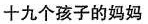
十九个孩子的妈妈